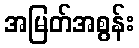
အမြတ်အစွန်း